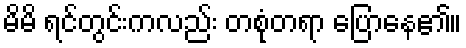
မိမိ ရင်တွင်းကလည်း တစုံတရာ ပြောနေ၏။